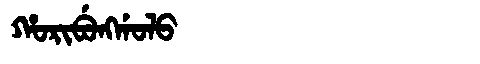
Manchu: ᡥᠣᡵᡳᠪᡠᠩᡤᠣᠯᠣ
Romanization: HORIBUNGGOLO